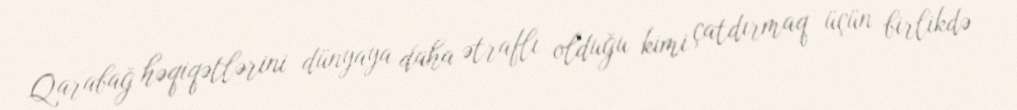
Qarabağ həqiqətlərini dünyaya daha ətraflı olduğu kimi çatdırmaq üçün birlikdə